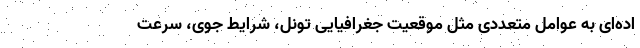
اده‌ای به عوامل متعددی مثل موقعیت جغرافیایی تونل، شرایط جوی، سرعت